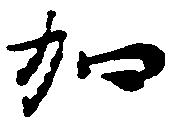
加